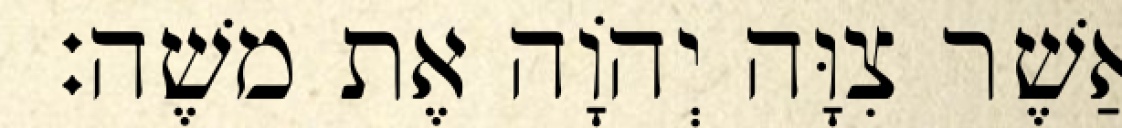
אֲשֶׁר צִוָּה יְהוָֹה אֶת משֶׁה׃